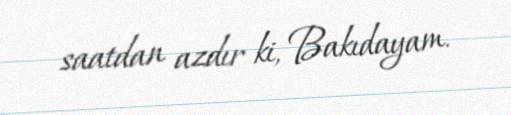
saatdan azdır ki, Bakıdayam.